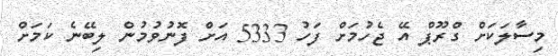
މިސާލަކަށް ގްރޫޕް އޭ ޖެހުމަށް ފަހު 5333 އަށް ފޮނުވުމުން ލިބޭނެ ކަމަށް